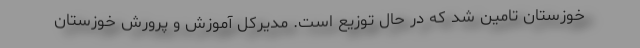
خوزستان تامین شد که در حال توزیع است. مدیرکل آموزش و پرورش خوزستان